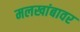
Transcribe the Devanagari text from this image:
मलखांबावर